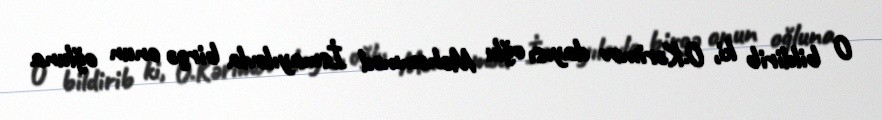
O bildirib ki, O.Kərimov dayısı oğlu Məhəmməd İsmayılovla birgə onun oğluna